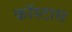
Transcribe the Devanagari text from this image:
कॉस्टास